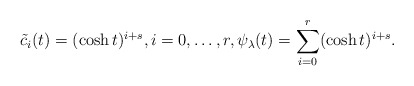
\begin{align*}\tilde{c}_i(t)=(\cosh t)^{i+s},i=0,\ldots, r,\psi_\lambda(t)=\sum^r_{i=0}(\cosh t)^{i+s}.\end{align*}